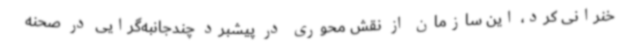
خنرانی کرد، این سازمان از نقش محوری در پیشبرد چندجانبه‌گرایی در صحنه